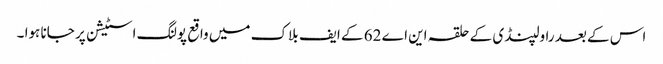
اس کے بعد راولپنڈی کے حلقہ این اے 62 کے ایف بلاک میں واقع پولنگ اسٹیشن پر جانا ہوا ۔